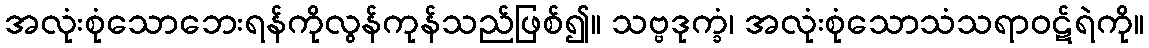
အလုံးစုံသောဘေးရန်ကိုလွန်ကုန်သည်ဖြစ်၍။ သဗ္ဗဒုက္ခံ၊ အလုံးစုံသောသံသရာဝဋ်ရဲကို။